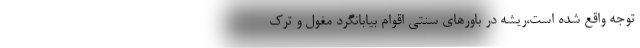
توجه واقع شده است،ریشه در باورهای سنتی اقوام بیابانگرد مغول و ترک